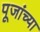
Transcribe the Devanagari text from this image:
पूजांच्या